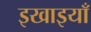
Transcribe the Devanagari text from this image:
इखाइयाँ